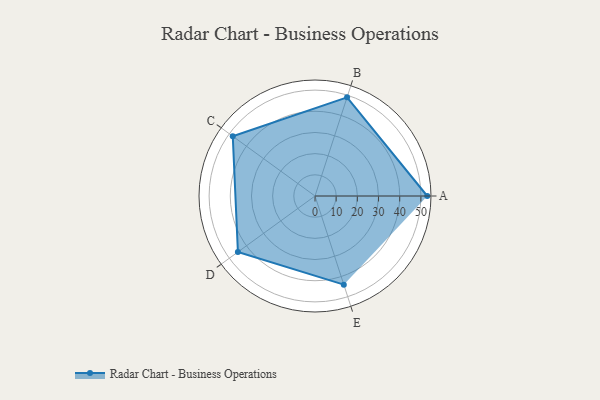
{"axis": {"x": "Skill", "y": "Score"}, "legend": ["Profile"], "data": [{"x": "A", "y": 53.0, "type": "Profile"}, {"x": "B", "y": 49.0, "type": "Profile"}, {"x": "C", "y": 48.0, "type": "Profile"}, {"x": "D", "y": 45.0, "type": "Profile"}, {"x": "E", "y": 44.0, "type": "Profile"}]}